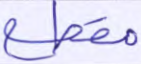
مقطع